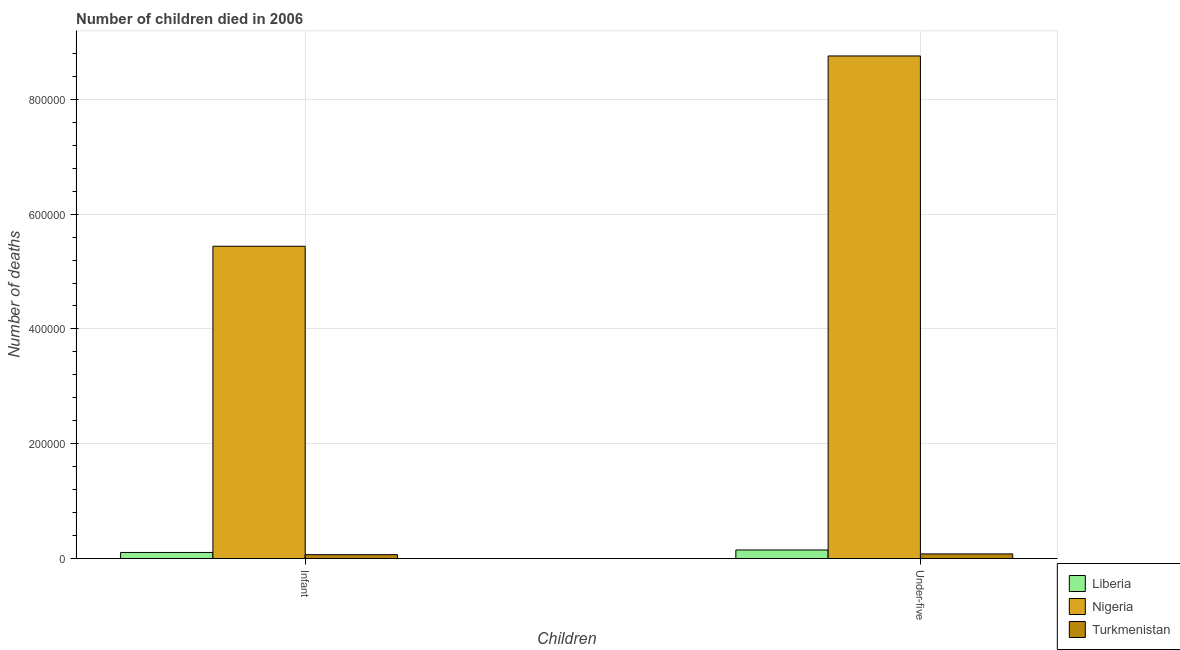
| Children | Liberia | Nigeria | Turkmenistan |
 | --- | --- | --- | --- |
 | Infant | 1.06e+04 | 5.44e+05 | 6.81e+03 |
 | Under-five | 1.5e+04 | 8.76e+05 | 8.1e+03 |